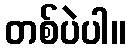
တစ်ပဲပါ။